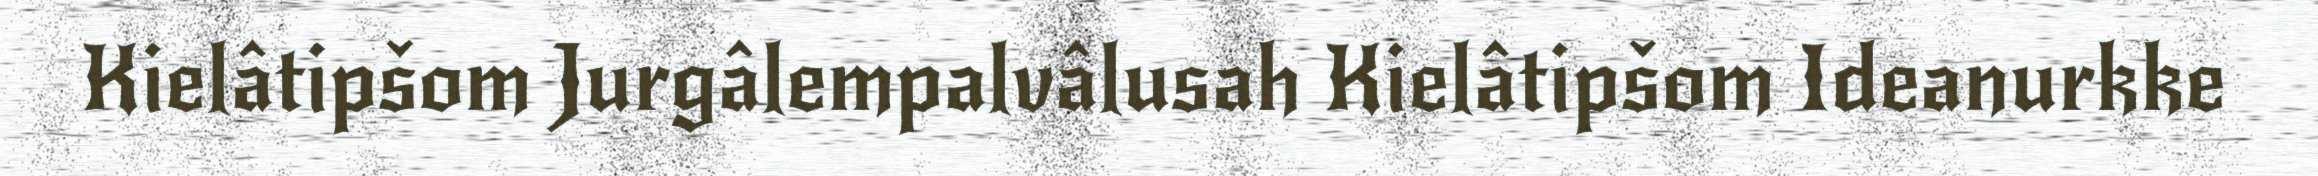
Kielâtipšom Jurgâlempalvâlusah Kielâtipšom Ideanurkke